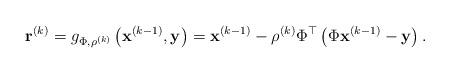
LaTeX: \begin{align*} \mathbf{r}^{(k)}=g_{\Phi,\rho^{(k)}}\left(\mathbf{x}^{(k-1)}, \mathbf{y}\right)=\mathbf{x}^{(k-1)}-\rho^{(k)} \Phi^{\top}\left(\Phi\mathbf{x}^{(k-1)}-\mathbf{y}\right).\end{align*}